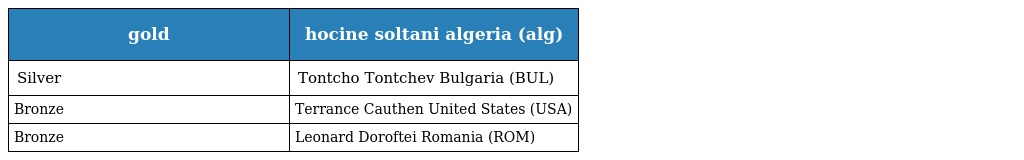
| gold | hocine soltani algeria (alg) |
 | --- | --- |
 | Silver | Tontcho Tontchev Bulgaria (BUL) |
 | Bronze | Terrance Cauthen United States (USA) |
 | Bronze | Leonard Doroftei Romania (ROM) |